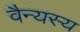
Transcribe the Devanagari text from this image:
वैन्यस्य